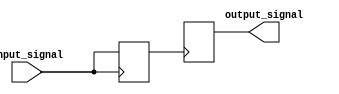
module IO_Block_CMOX_buffer (
    input wire input_signal,
    output wire output_signal
);

// Input buffer stage
reg input_buffer;
always @ (posedge input_signal)
begin
    input_buffer <= input_signal;
end

// Output buffer stage
reg output_buffer;
always @ (posedge input_buffer)
begin
    output_signal <= output_buffer;
end

endmodule